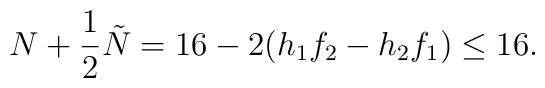
N + \frac{1}{2} \tilde N = 16 - 2(h_1 f_2 - h_2 f_1)\leq 16.